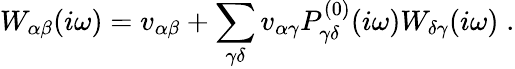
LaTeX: W_{\alpha\beta}(i\omega)=v_{\alpha\beta}+\sum_{\gamma\delta}v_{\alpha\gamma}P_{\gamma\delta}^{(0)}(i\omega)W_{\delta\gamma}(i\omega)\; .